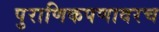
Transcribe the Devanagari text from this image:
पुराणिकपणावरच